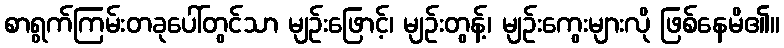
စာရွက်ကြမ်းတခုပေါ်တွင်သာ မျဉ်းဖြောင့်၊ မျဉ်းတွန့်၊ မျဉ်းကွေးများလို ဖြစ်နေမိ၏။